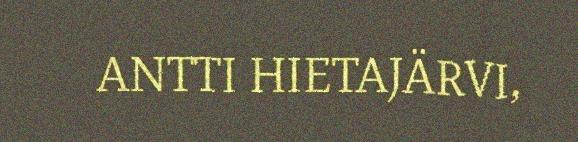
ANTTI HIETAJÄRVI,